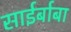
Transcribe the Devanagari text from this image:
साईर्बाबा